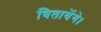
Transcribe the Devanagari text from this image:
बितायेंगे।